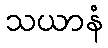
သယာနံ